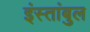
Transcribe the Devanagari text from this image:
इंस्तांबुल